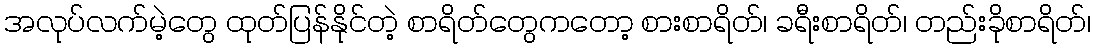
အလုပ်လက်မဲ့တွေ ထုတ်ပြန်နိုင်တဲ့ စာရိတ်တွေကတော့ စားစာရိတ်၊ ခရီးစာရိတ်၊ တည်းခိုစာရိတ်၊